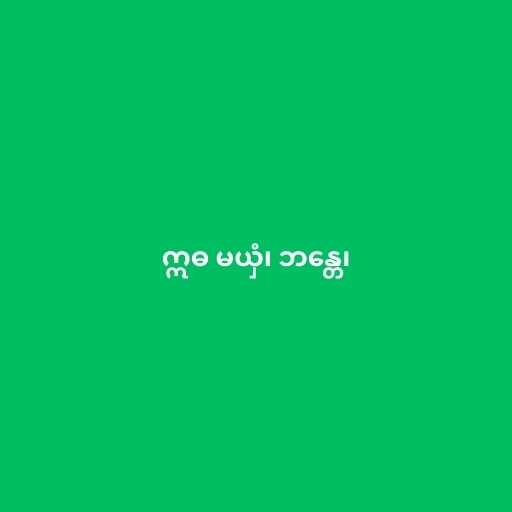
ဣဓ မယှံ၊ ဘန္တေ၊